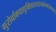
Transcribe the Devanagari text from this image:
गुरोर्वाक्याद्युक्तिप्रचयरचनोन्मार्जनवशात्